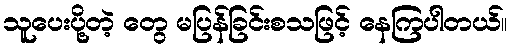
သူပေးပို့တဲ့ တွေ မပြန်ခြင်းစသဖြင့် နေကြပါတယ်။